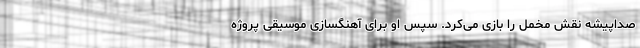
صداپیشه نقش مخمل را بازی می‌کرد. سپس او برای آهنگسازی موسیقی پروژه